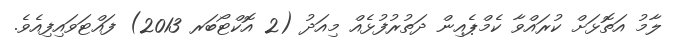
ލާމު އަތޮޅަށް ކުރައްވާ ކެމްޕެއިން ދަތުރުފުޅެއް މިއަދު (2 އޮކްޓޯބަރ 2013) ފައްޓަވައިފިއެވެ.